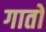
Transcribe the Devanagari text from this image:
गातों